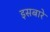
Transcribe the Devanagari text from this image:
इसबारे